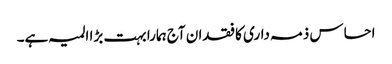
احساس ذمہ داری کا فقدان آج ہمارا بہت بڑا المیہ ہے۔